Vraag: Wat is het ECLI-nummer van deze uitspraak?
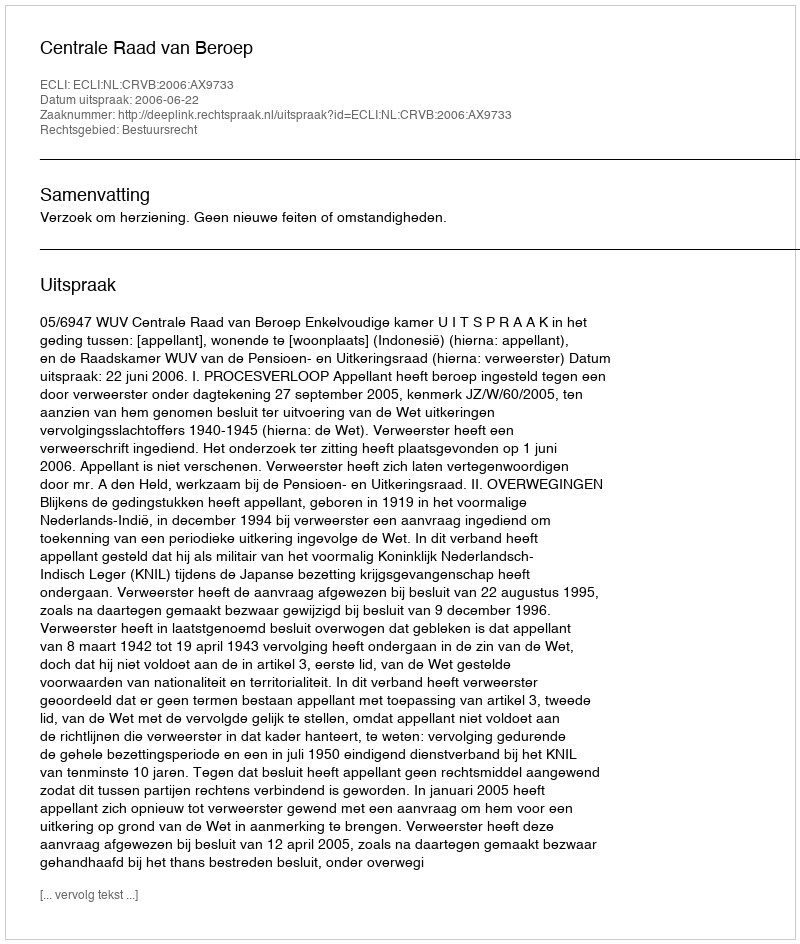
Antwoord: ECLI:NL:CRVB:2006:AX9733